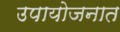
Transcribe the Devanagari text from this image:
उपायोजनात